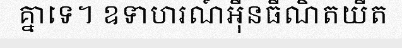
គ្នាទេ។ ឧទាហរណ៍អ៊ីនធឺណិតយឺត